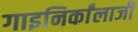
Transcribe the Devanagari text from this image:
गाइनिर्कांलाजी